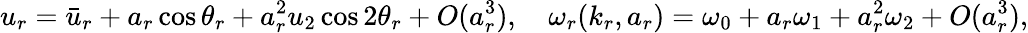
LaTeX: u_{r}=\bar{u}_{r}+a_{r}\cos{\theta_{r}}+a_{r}^{2}u_{2}\cos{2\theta_{r}}+O(a_{r}^{3}),\quad\omega_{r}(k_{r},a_{r})=\omega_{0}+a_{r}\omega_{1}+a_{r}^{2}\omega_{2}+O(a_{r}^{3}),